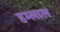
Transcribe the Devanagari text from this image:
हम्लाल